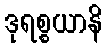
ဒုရစ္စယာနိ